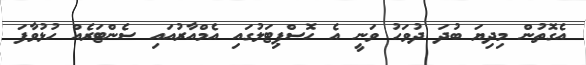
އެގޮތުން މިދިޔަ ބުދަ ދުވަހު ވަނީ އެ ހޮސްޕިޓަލުގައި އެމްއާރުއައި ސެންޓަރެއް ހުޅުވާފަ